Vaccination in the Punjab 1867-1880 - 1867-1880
Year: 1867
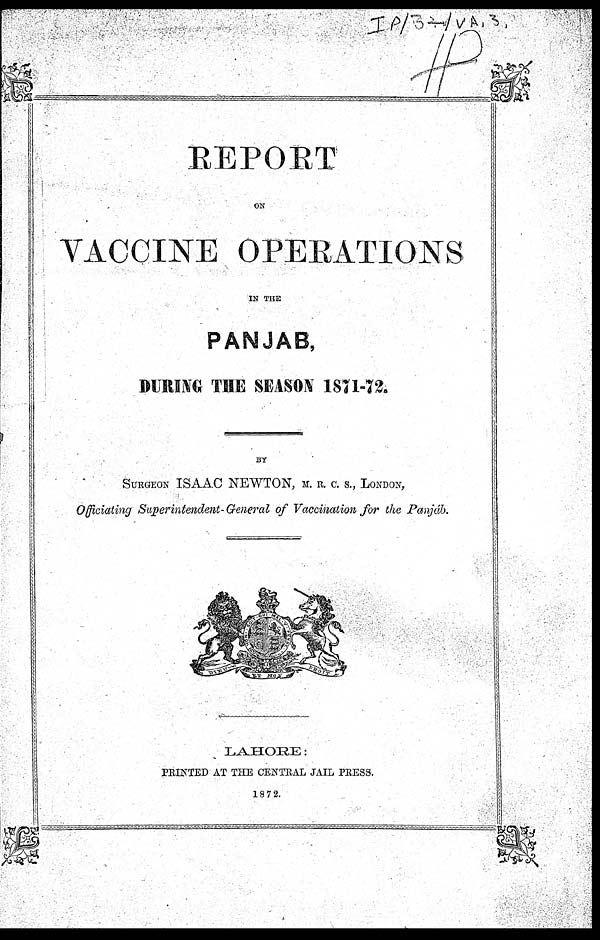
REPORT
ON
VACCINE OPERATIONS
IN THE
PANJAB,
DURING THE SEASON 1871-72.
BY
SURGEON ISAAC NEWTON, M. R. C. S., LONDON,
Officiating Superintendent- General of Vaccination for the Panjáb.
LAHORE:
PRINTED AT THE CENTRAL JAIL PRESS.
1872.